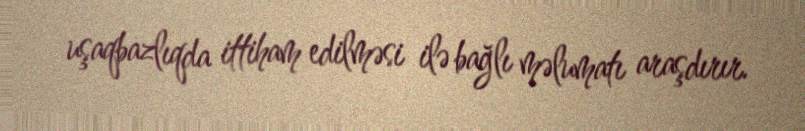
uşaqbazlıqda ittiham edilməsi ilə bağlı məlumatı araşdırır.